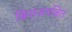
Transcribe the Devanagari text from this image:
बिनाआरक्षित